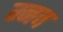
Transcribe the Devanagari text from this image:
म्नव